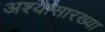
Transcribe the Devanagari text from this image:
अश्यासारख्या